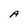
Character: A